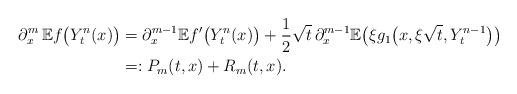
LaTeX: \begin{align*}\partial_x^m\,\mathbb{E}f\bigl(Y^n_t(x)\bigr)&=\partial_x^{m-1}\mathbb{E}f'\bigl(Y^{n}_{t}(x) \bigr) +\frac{1}{2}\sqrt{t}\,\partial_x^{m-1}\mathbb{E} \bigl(\xi g_1\bigl(x,\xi \sqrt t, Y^{n-1}_{t}\bigr) \bigr)\\&=:P_m(t,x)+R_m(t,x).\end{align*}